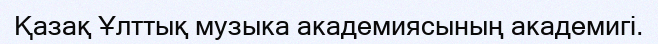
Қазақ Ұлттық музыка академиясының академигі.